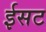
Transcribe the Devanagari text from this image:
ईसट